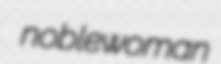
noblewoman